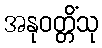
အနုဝတ္တိံသု